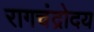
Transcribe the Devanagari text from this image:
रागचंद्रोदय